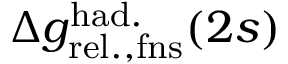
\Delta { g } _ { \mathrm { r e l . , f n s } } ^ { \mathrm { h a d . } } ( 2 s )